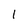
Character: 1